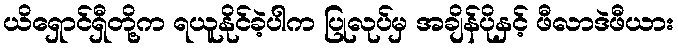
ယိရှောင်ရှီတို့က ရယူနိုင်ခဲ့ပါက ပြုလုပ်မှ အချိန်ပိုနှင့် ဖီလာဒဲဖီယား